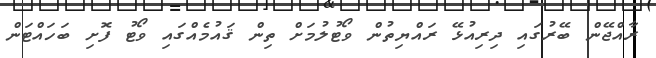
ރާއްޖޭން ބޭރުގައި ދިރިއުޅޭ ރައްޔިތުން ވޯޓުލުމަށް ތިން ޤައުމެއްގައި ވޯޓު ފޮށި ބަހައްޓަން